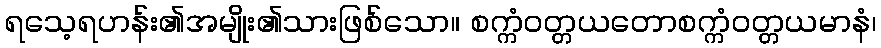
ရသေ့ရဟန်း၏အမျိုး၏သားဖြစ်သော။ စက္ကံဝတ္တယတောစက္ကံဝတ္တယမာနံ၊